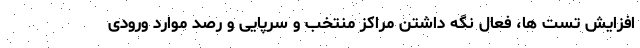
افزایش تست ها، فعال نگه داشتن مراکز منتخب و سرپایی و رصد موارد ورودی